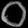
Digit: ၀